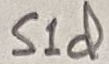
Text: S1d